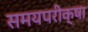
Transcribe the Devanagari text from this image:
समयपरीक्षा